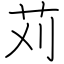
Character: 苅